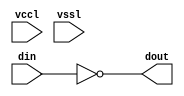
// SPDX-License-Identifier: Apache-2.0
// Copyright (C) 2019 Intel Corporation. 
//Verilog HDL for "aibcr_lib", "aibcr_inv_split_align" "verilog"


module aibcr3_inv_split_align ( din, dout, vccl, vssl );

  input din;
  output dout;
  input vssl;
  input vccl;


  assign dout = ~din ;

endmodule